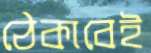
ঠেকাবেই